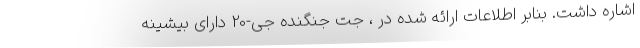
اشاره داشت. بنابر اطلاعات ارائه شده در ، جت جنگنده جی-20 دارای بیشینه